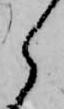
ら